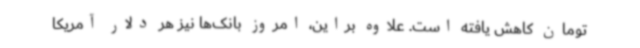
تومان کاهش یافته است. علاوه براین، امروز بانک‌ها نیز هر دلار آمریکا